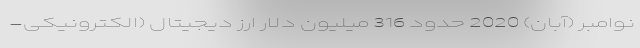
نوامبر (آبان) 2020 حدود 316 میلیون دلار ارز دیجیتال (الکترونیکی-